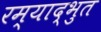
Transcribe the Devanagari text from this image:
रम्याद्भुत